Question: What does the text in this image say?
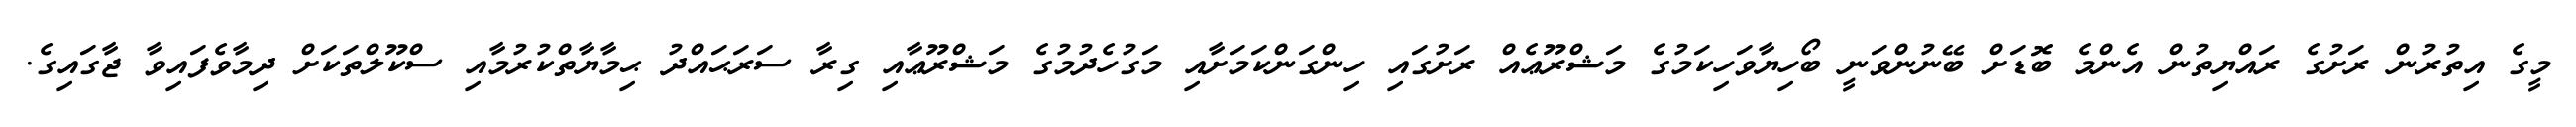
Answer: މީގެ އިތުރުން ރަށުގެ ރައްޔިތުން އެންމެ ބޮޑަށް ބޭނުންވަނީ ބޯހިޔާވަހިކަމުގެ މަޝްރޫޢެއް ރަށުގައި ހިންގަންކަމަށާއި މަގުހެދުމުގެ މަޝްރޫޢާއި ގިރާ ސަރަޙައްދު ޙިމާޔާތްކުރުމާއި ސްކޫލްތަކަށް ދިމާވެފައިވާ ޖާގައިގެ.